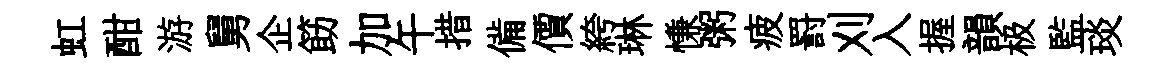
虹酣游舅企筯加午措備價絝琳慊粥疲罸刈入握韻极監琰